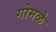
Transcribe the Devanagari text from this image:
गोमळे